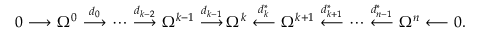
\begin{array} { c c c c c c c c c c c c c c c c c c c c c c } { { 0 \! \! \! } } & { { \! \stackrel { } { \longrightarrow } \! \! \! } } & { { \! \Omega ^ { 0 } \! \! \! } } & { { \! \stackrel { d _ { 0 } } { \longrightarrow } \! \! \! } } & { { \! \cdots \! \! \! } } & { { \! \stackrel { d _ { k - 2 } } { \longrightarrow } \! \! \! } } & { { \! \Omega ^ { k - 1 } \! \! \! } } & { { \! \stackrel { d _ { k - 1 } } { \longrightarrow } \! \! \! } } & { { \! \! \Omega ^ { k } \! \! \! } } & { { \! \stackrel { d _ { k } ^ { * } } { \longleftarrow } \! \! \! } } & { { \! \Omega ^ { k + 1 } \! \! \! } } & { { \! \stackrel { d _ { k + 1 } ^ { * } } { \longleftarrow } \! \! \! } } & { { \! \cdots \! \! \! } } & { { \! \stackrel { d _ { n - 1 } ^ { * } } { \longleftarrow } \! \! \! } } & { { \! \Omega ^ { n } \! \! \! } } & { { \! \stackrel { } { \longleftarrow } \! \! \! } } & { { \! 0 . } } \end{array}